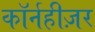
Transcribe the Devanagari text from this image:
कॉर्नहीज़र